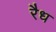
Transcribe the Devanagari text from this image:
रैध